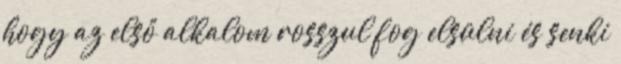
hogy az első alkalom rosszul fog elsülni és senki